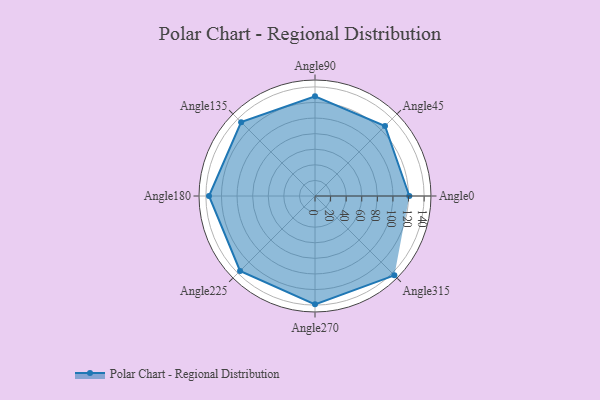
{"axis": {"x": "Angle", "y": "Radius"}, "legend": [""], "data": [{"x": "Angle0", "y": 121.0, "type": ""}, {"x": "Angle45", "y": 127.0, "type": ""}, {"x": "Angle90", "y": 128.0, "type": ""}, {"x": "Angle135", "y": 134.0, "type": ""}, {"x": "Angle180", "y": 136.0, "type": ""}, {"x": "Angle225", "y": 136.0, "type": ""}, {"x": "Angle270", "y": 139.0, "type": ""}, {"x": "Angle315", "y": 144.0, "type": ""}]}